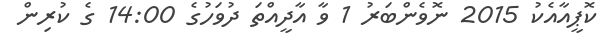
ކޮޕީއާއެކު 2015 ނޮވެންބަރު 1 ވާ އާދީއްތަ ދުވަހުގެ 14:00 ގެ ކުރިން